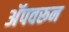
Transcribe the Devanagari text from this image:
अॅपवरून